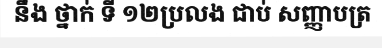
នឹង ថ្នាក់ ទី ១២ប្រលង ជាប់ សញ្ញាបត្រ